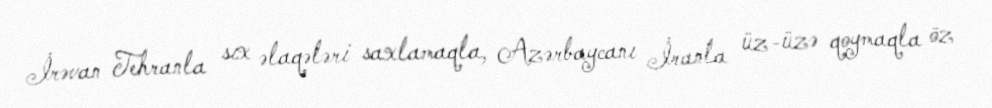
İrəvan Tehranla sıx əlaqələri saxlamaqla, Azərbaycanı İranla üz-üzə qoymaqla öz